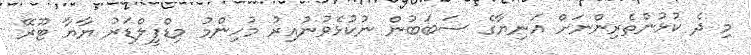
މި ދެ ކުޅުންތެރިންނަށް އަނިޔާގެ ސަބަބުން ނުކުޅެވުނުއިރު މުހިންމު މިޑްފީލްޑަރު ޔާޔާ ޓޫރޭ